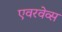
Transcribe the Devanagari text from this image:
एवरवेव्स